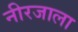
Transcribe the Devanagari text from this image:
नीरजाला